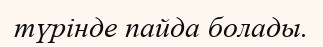
түрінде пайда болады.